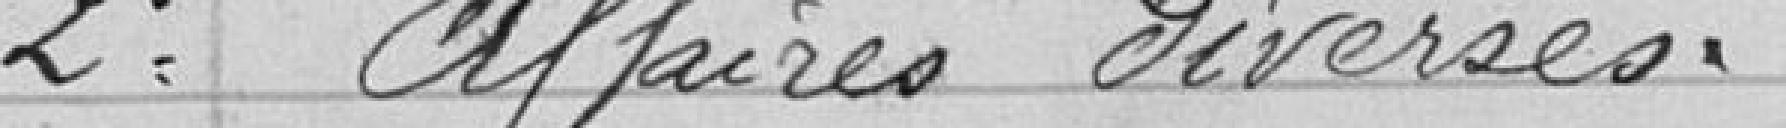
2ème Affaires diverses.